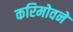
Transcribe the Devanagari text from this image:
करिमोवने